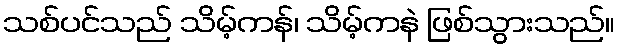
သစ်ပင်သည် သိမ့်ကန်၊ သိမ့်ကနဲ ဖြစ်သွားသည်။